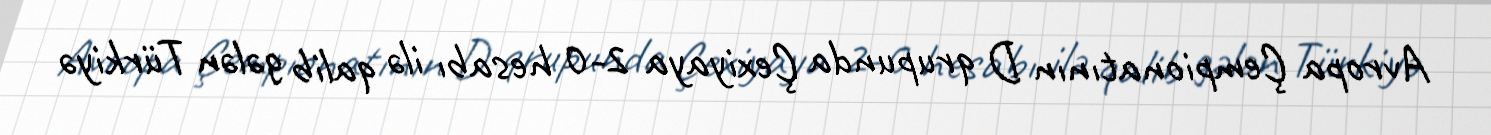
Avropa Çempionatının D qrupunda Çexiyaya 2-0 hesabı ilə qalib gələn Türkiyə